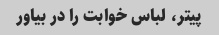
پیتر، لباس خوابت را در بیاور